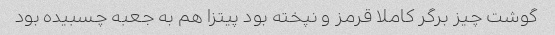
گوشت چیز برگر کاملا قرمز و نپخته بود پیتزا هم به جعبه چسبیده بود